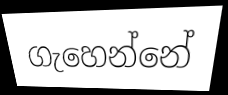
ගැහෙන්නේ